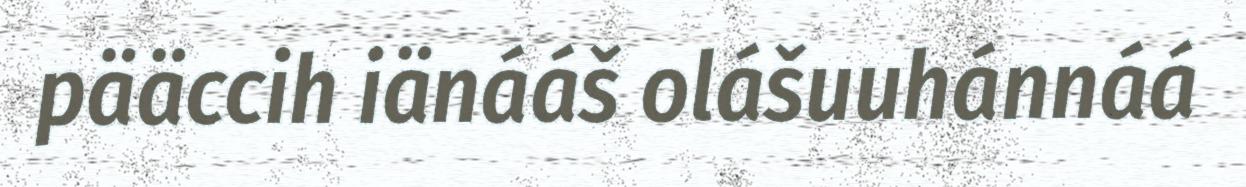
pääccih iänááš olášuuhánnáá